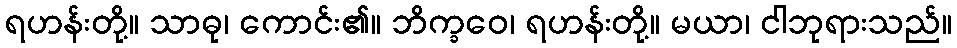
ရဟန်းတို့။ သာဓု၊ ကောင်း၏။ ဘိက္ခဝေ၊ ရဟန်းတို့။ မယာ၊ ငါဘုရားသည်။